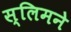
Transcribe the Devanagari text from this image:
स्लिमने